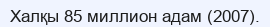
Халқы 85 миллион адам (2007).